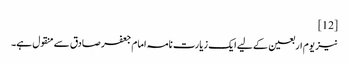
[12]
نیز یوم اربعین کے لیے ایک زیارت نامہ امام جعفر صادق سے منقول ہے۔